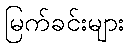
မြက်ခင်းများ